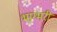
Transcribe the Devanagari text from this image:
भाग्भरी